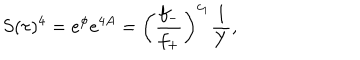
S ( \tau ) ^ { 4 } = e ^ { \phi } e ^ { 4 A } = \left( \frac { f _ { - } } { f _ { + } } \right) ^ { c _ { 1 } } \frac { 1 } { Y } ,